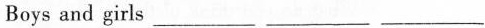
Boys and girls___ ___ ___